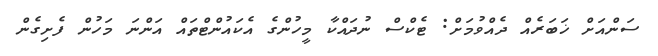
ސަންއަށް ޚަބަރެއް ދެއްވުމަށް: ޓެކްސް ނުދައްކާ މީހުންގެ އެކައުންޓްތައް އަންނަ މަހުން ފެށިގެން